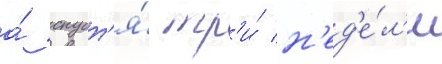
а́ спуст'я́ тр'и́ н'ед'е́л'и